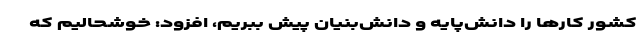
کشور کارها را دانش‌پایه و دانش‌بنیان پیش ببریم، افزود: خوشحالیم که